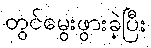
တွင်မွေးဖွားခဲ့ပြီး